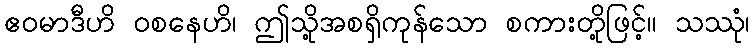
ဧဝမာဒီဟိ ဝစနေဟိ၊ ဤသို့အစရှိကုန်သော စကားတို့ဖြင့်။ သဿုံ၊